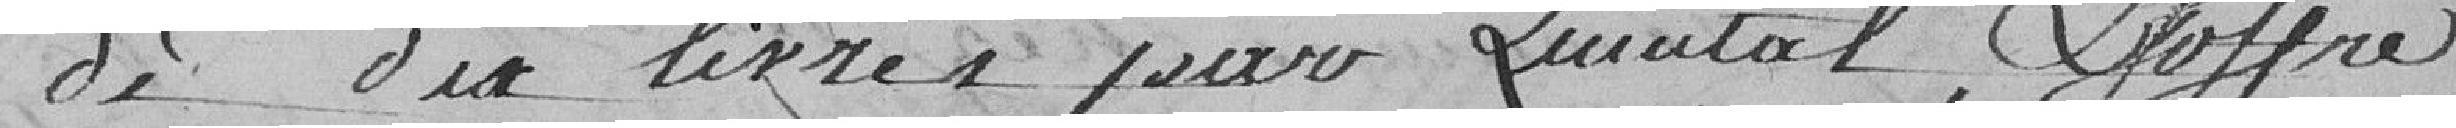
de dix livres par Quintal , L'offre